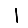
Digit: 1